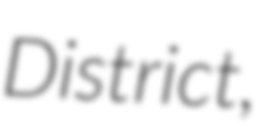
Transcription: District,